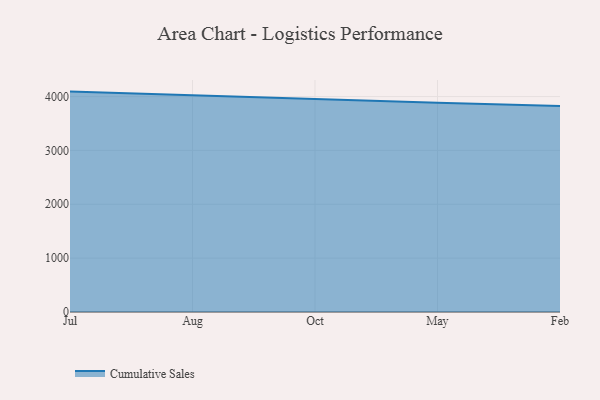
{"axis": {"x": "Month", "y": "Budget (USD K)"}, "legend": ["Cumulative Sales"], "data": [{"x": "Jul", "y": 4092.1, "type": "Cumulative Sales"}, {"x": "Aug", "y": 4020.2, "type": "Cumulative Sales"}, {"x": "Oct", "y": 3945.2, "type": "Cumulative Sales"}, {"x": "May", "y": 3883.1, "type": "Cumulative Sales"}, {"x": "Feb", "y": 3826.2, "type": "Cumulative Sales"}]}